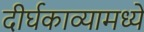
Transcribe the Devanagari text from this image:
दीर्घकाव्यामध्ये